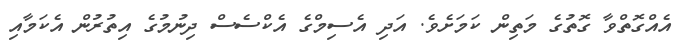
އެއްގޮތްވާ ގޮތުގެ މަތިން ކަމަށެވެ. އަދި އެސިމްގެ އެކްސެސް ދިނުމުގެ އިތުރުން އެކަމާއި